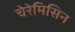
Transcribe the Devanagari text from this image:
चेरेमिसिन